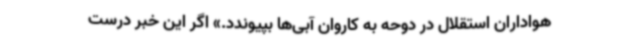
هواداران استقلال در دوحه به کاروان آبی‌ها بپیوندد.» اگر این خبر درست